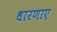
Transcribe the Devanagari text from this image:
धारणाए